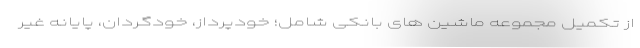
از تکمیل مجموعه ماشین های بانکی شامل؛ خودپرداز، خودگردان، پایانه غیر